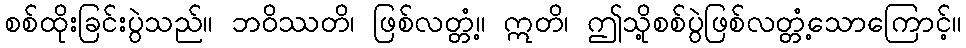
စစ်ထိုးခြင်းပွဲသည်။ ဘဝိဿတိ၊ ဖြစ်လတ္တံ့။ ဣတိ၊ ဤသို့စစ်ပွဲဖြစ်လတ္တံ့သောကြောင့်။